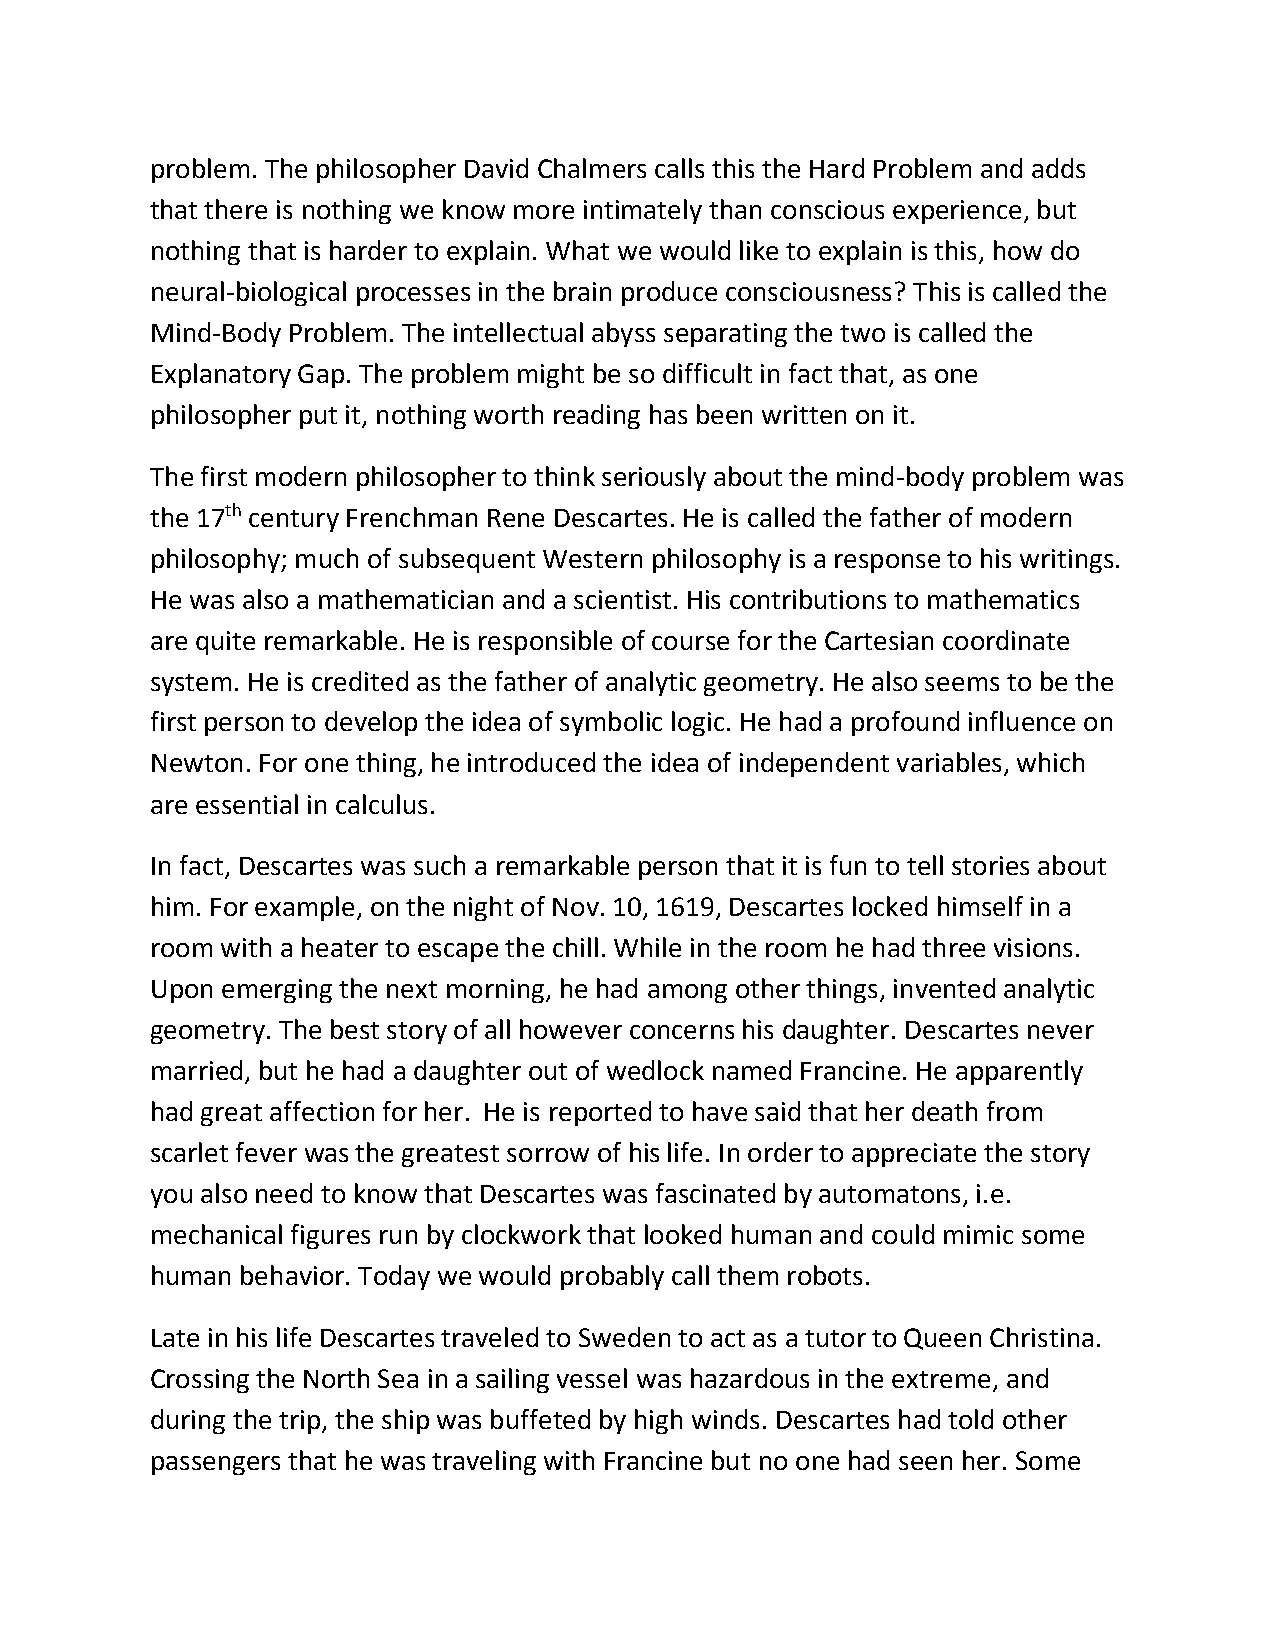
problem. The philosopher David Chalmers calls this the Hard Problem and adds
 that there is nothing we know more intimately than conscious experience, but
 nothing that is harder to explain. What we would like to explain is this, how do
 neural-biological processes in the brain produce consciousness? This is called the
 Mind-Body Problem. The intellectual abyss separating the two is called the
 Explanatory Gap. The problem might be so difficult in fact that, as one
 philosopher put it, nothing worth reading has been written on it.
 The first modern philosopher to think seriously about the mind-body problem was
 the 17th century Frenchman Rene Descartes. He is called the father of modern
 philosophy; much of subsequent Western philosophy is a response to his writings.
 He was also a mathematician and a scientist. His contributions to mathematics
 are quite remarkable. He is responsible of course for the Cartesian coordinate
 system. He is credited as the father of analytic geometry. He also seems to be the
 first person to develop the idea of symbolic logic. He had a profound influence on
 Newton. For one thing, he introduced the idea of independent variables, which
 are essential in calculus.
 In fact, Descartes was such a remarkable person that it is fun to tell stories about
 him. For example, on the night of Nov. 10, 1619, Descartes locked himself in a
 room with a heater to escape the chill. While in the room he had three visions.
 Upon emerging the next morning, he had among other things, invented analytic
 geometry. The best story of all however concerns his daughter. Descartes never
 married, but he had a daughter out of wedlock named Francine. He apparently
 had great affection for her. He is reported to have said that her death from
 scarlet fever was the greatest sorrow of his life. In order to appreciate the story
 you also need to know that Descartes was fascinated by automatons, i.e.
 mechanical figures run by clockwork that looked human and could mimic some
 human behavior. Today we would probably call them robots.
 Late in his life Descartes traveled to Sweden to act as a tutor to Queen Christina.
 Crossing the North Sea in a sailing vessel was hazardous in the extreme, and
 during the trip, the ship was buffeted by high winds. Descartes had told other
 passengers that he was traveling with Francine but no one had seen her. Some